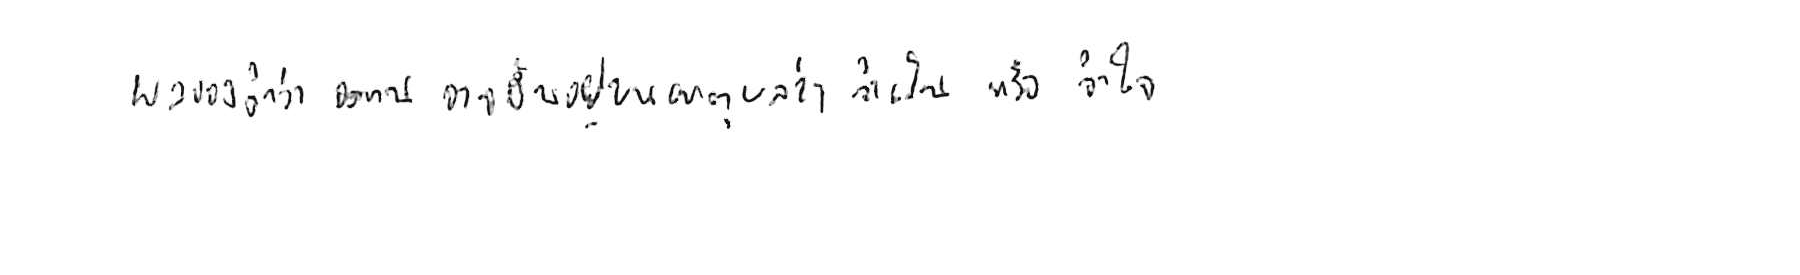
ผลของคำว่า อดทน อาจขึ้นอยู่บนเหตุผลว่า จำเป็น หรือ จำใจ